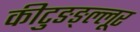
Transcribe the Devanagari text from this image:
कीटुङङ्ल्लूर